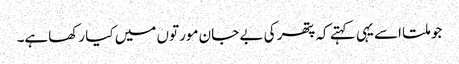
جو ملتا اسے یہی کہتے کہ پتھر کی بے جان مورتوں میں کیا رکھاہے۔